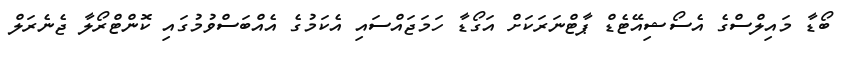
ބޯޑާ މައިލްސްގެ އެސޯޝިއޭޓެޑް ޕާޓްނަރަކަށް އަގޯޑާ ހަމަޖައްސައި އެކަމުގެ އެއްބަސްވުމުގައި ކޮންޓްރޯލާ ޖެނެރަލް